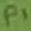
Text: P1